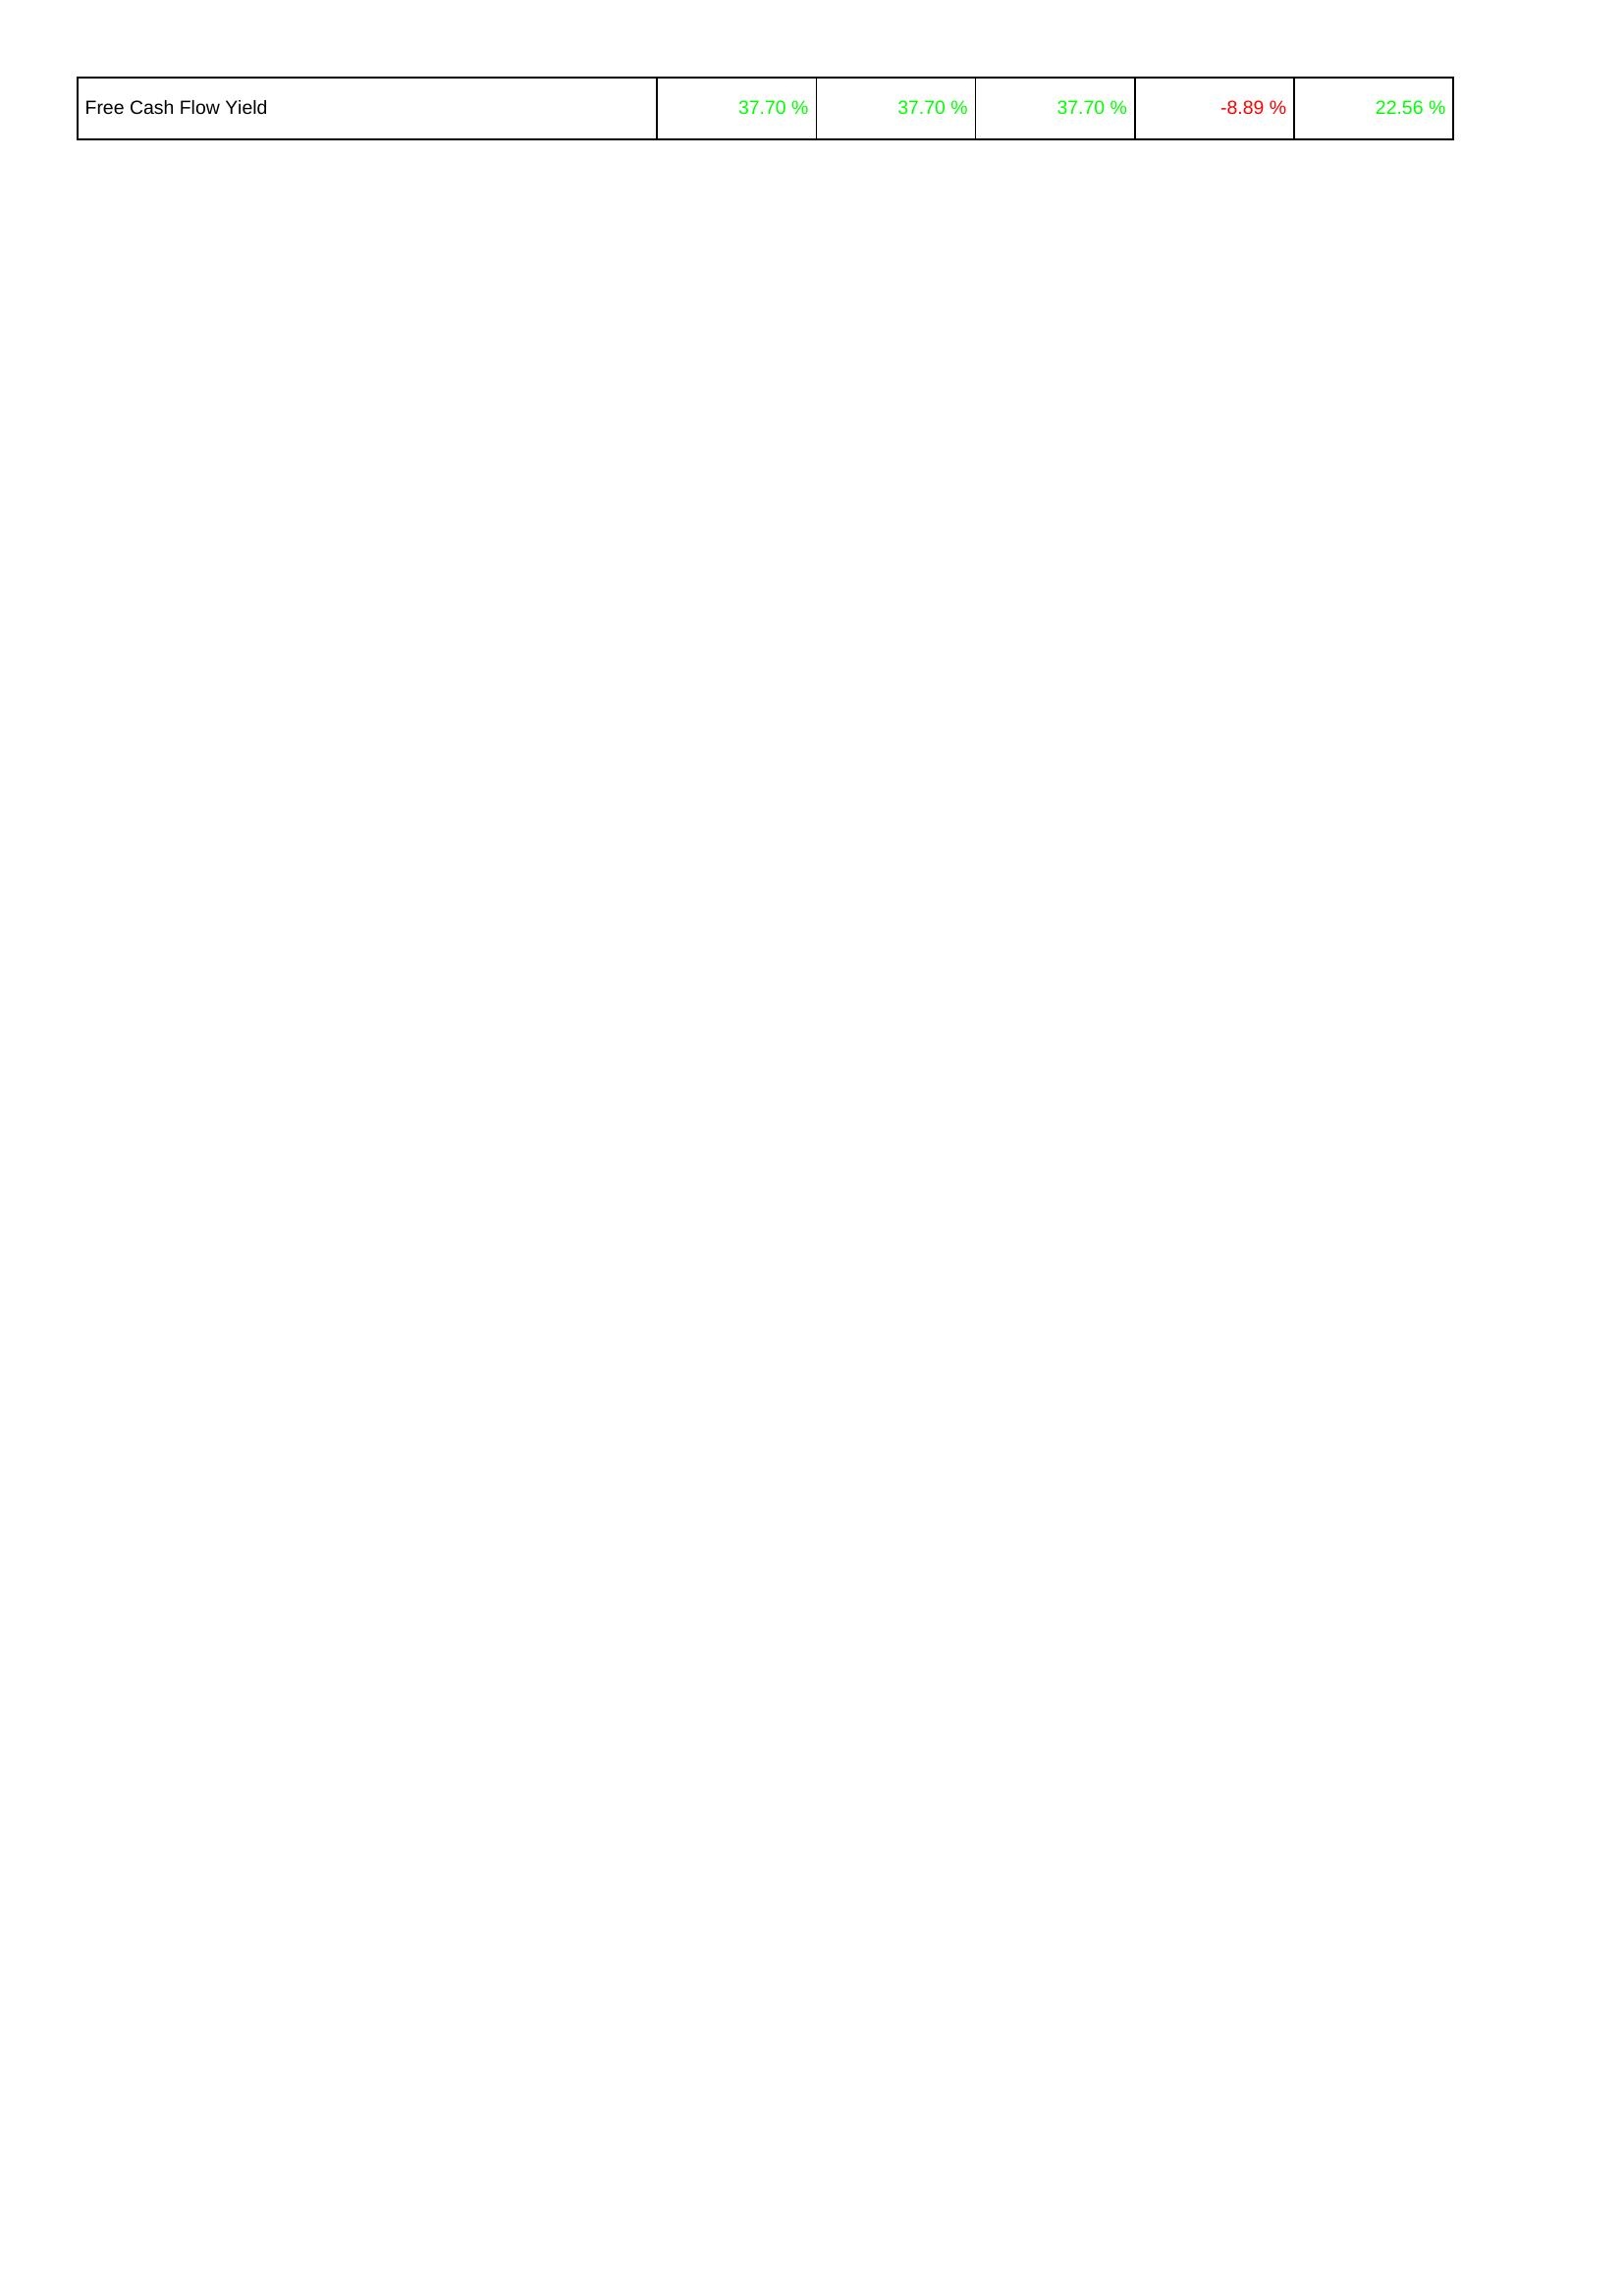
2008: Financing Activities: Free Cash Flow Yield: 37.70 %
2009: Financing Activities: Free Cash Flow Yield: 37.70 %
2010: Financing Activities: Free Cash Flow Yield: 37.70 %
2011: Financing Activities: Free Cash Flow Yield: -8.89 %
2012: Financing Activities: Free Cash Flow Yield: 22.56 %